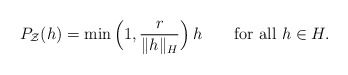
\begin{align*} P_{\mathcal{Z}}(h) = \min{\Big(1,\frac{r}{\|h\|_H}\Big)}\,h \qquad\mbox{for all } h \in H.\end{align*}